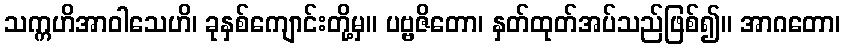
သက္ကဟိအာဝါသေဟိ၊ ခုနှစ်ကျောင်းတို့မှ။ ပဗ္ဗဇိတော၊ နှတ်ထုတ်အပ်သည်ဖြစ်၍။ အာဂတော၊